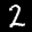
Label: 2